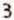
3